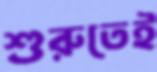
শুরুতেই